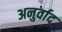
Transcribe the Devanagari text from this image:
अनुर्वाद